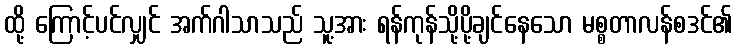
ထို့ ကြောင့်ပင်လျှင် အက်ဂါသာသည် သူ့အား ရန်ကုန်သို့ပို့ချင်နေသော မစ္စတာလန်စဒင်၏